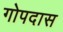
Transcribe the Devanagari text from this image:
गोपदास